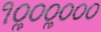
૧૦ૢ૦૦ૢ૦૦૦